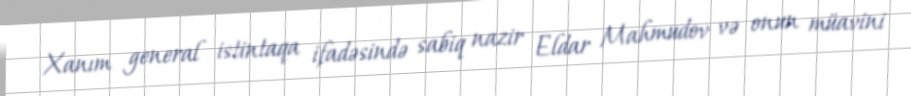
Xanım general istintaqa ifadəsində sabiq nazir Eldar Mahmudov və onun müavini